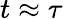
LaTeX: t\approx\tau